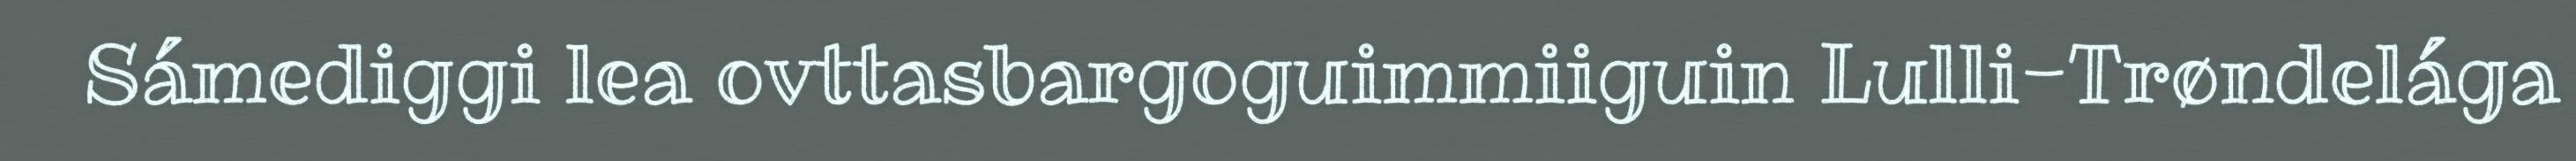
Sámediggi lea ovttasbargoguimmiiguin Lulli-Trøndelága